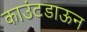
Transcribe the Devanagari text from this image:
काउंटडाऊन